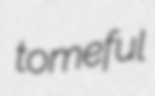
tomeful